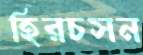
হিরচসন